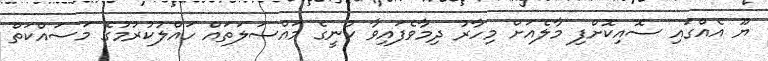
ޔޫ އެއްގައި ސޮއިކޮށްފި މާލެއަށް މިހާރު ދިމާވެފައިވާ ކުނީގެ މައްސަލަތައް ހައްލުކުރުމުގެ މަސައްކަތް